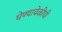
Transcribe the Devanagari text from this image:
घेण्यावेळीची